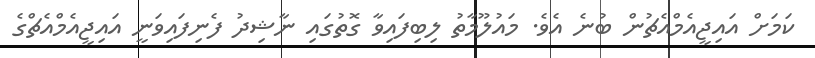
ކަމަށް އައިޖީއެމްއެޗުން ބުނެ އެވެ. މައުލޫމާތު ލިބިފައިވާ ގޮތުގައި ނާޝިދު ފެނިފައިވަނީ އައިޖީއެމްއެޗްގެ